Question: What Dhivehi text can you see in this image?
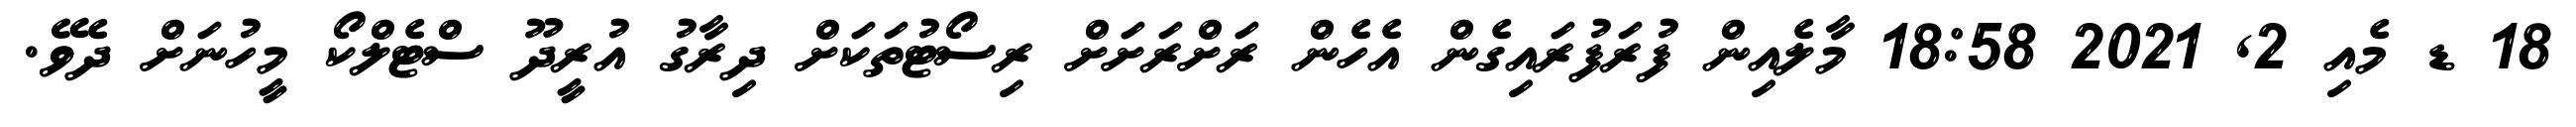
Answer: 18 ޑ މެއި 2, 2021 18:58 މާލެއިން ފުރަފުރައިގެން އެހެން ރަށްރަށަށް ރިސޯޓުތަކަށް ދިރާގު އުރީދޫ ސްޓެލްކޯ މީހުނަށް ދެވޭ.